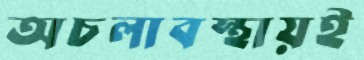
অচলাবস্থায়ই